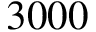
3 0 0 0